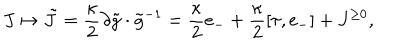
J \mapsto \tilde { J } = \frac { \kappa } { 2 } \partial \tilde { g } \cdot \tilde { g } ^ { - 1 } = \frac { \kappa } { 2 } e _ { - } + \frac { \kappa } { 2 } [ \tau , e _ { - } ] + J ^ { \geq 0 } ,